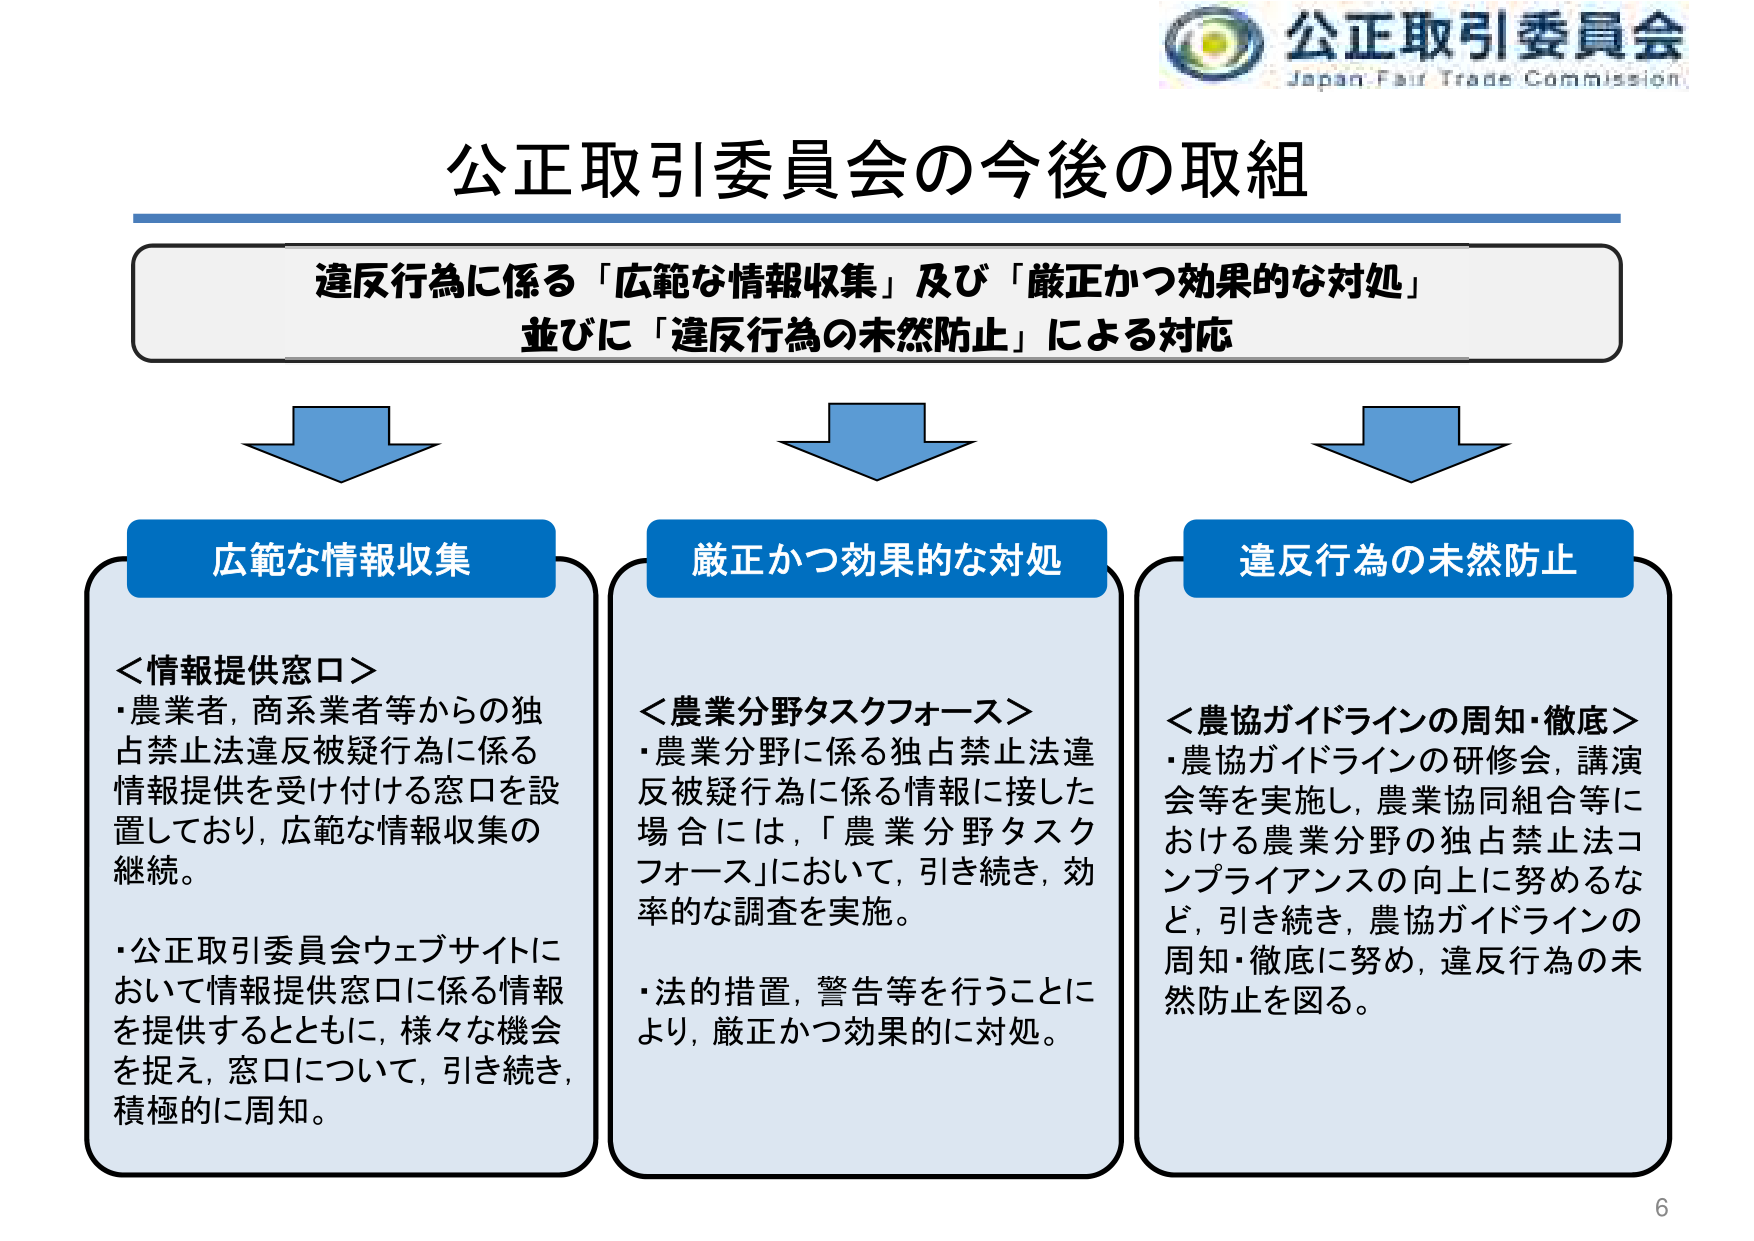
公正取引委員会
Japan Fair Trade Commission

公正取引委員会の今後の取組

違反行為に係る「広範な情報収集」及び「厳正かつ効果的な対処」
並びに「違反行為の未然防止」による対応

広範な情報収集
＜情報提供窓口＞
・農業者、商系業者等からの独占禁止法違反被疑行為に係る情報提供を受け付ける窓口を設置しており、広範な情報収集の継続。
・公正取引委員会ウェブサイトにおいて情報提供窓口に係る情報を提供するとともに、様々な機会を捉え、窓口について、引き続き、積極的に周知。

厳正かつ効果的な対処
＜農業分野タスクフォース＞
・農業分野に係る独占禁止法違反被疑行為に係る情報に接した場合には、「農業分野タスクフォース」において、引き続き、効率的な調査を実施。
・法的措置、警告等を行うことにより、厳正かつ効果的に対処。

違反行為の未然防止
＜農協ガイドラインの周知・徹底＞
・農協ガイドラインの研修会、講演会等を実施し、農業協同組合等における農業分野の独占禁止法コンプライアンスの向上に努めるなど、引き続き、農協ガイドラインの周知・徹底に努め、違反行為の未然防止を図る。

6